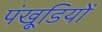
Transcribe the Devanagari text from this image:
पंखूडि़यों